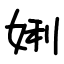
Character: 娳